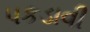
પકડાવી